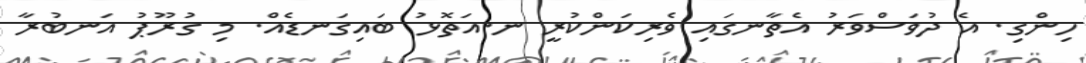
ހިންގި. އެ ދުވަސްވަރު އެތާނގައި ވެރިކަންކުރީ ނ.އަތޮޅު ބައިގަނޑެއް. މި ގުރޫޕު އަނބުރާ